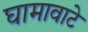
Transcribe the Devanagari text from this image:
घामावाटे